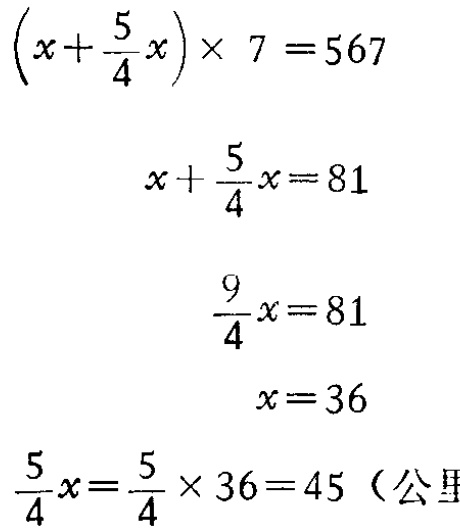
\[\begin{align*}

\left(x + \frac{5}{4}x\right)\times7&=567\\

x+\frac{5}{4}x&=81\\

\frac{9}{4}x&=81\\

x&=36\\

\frac{5}{4}x&=\frac{5}{4}\times36 = 45 \text{（公里）}

\end{align*}\]